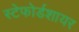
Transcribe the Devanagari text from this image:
स्टेफोर्डशायर